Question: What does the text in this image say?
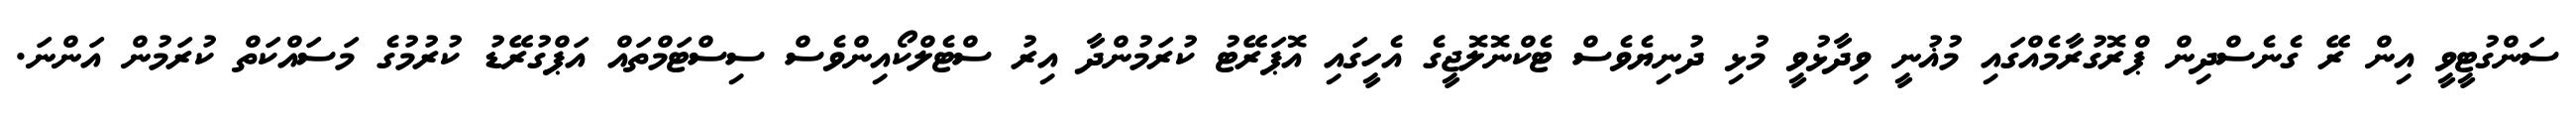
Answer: ސަންގުޓީވީ އިން ރޭ ގެނެސްދިން ޕްރޮގުރާމެއްގައި މުޣުނީ ވިދާޅުވީ މުޅި ދުނިޔެވެސް ޓެކްނޮލޮޖީގެ އެހީގައި އޮޕަރޭޓު ކުރަމުންދާ އިރު ސްޓެލްކޯއިންވެސް ސިސްޓަމްތައް އަޕްގުރޭޑު ކުރުމުގެ މަސައްކަތް ކުރަމުން އަންނަ.